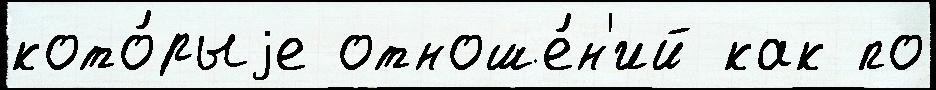
кото́рыjе отноше́н'ий как по